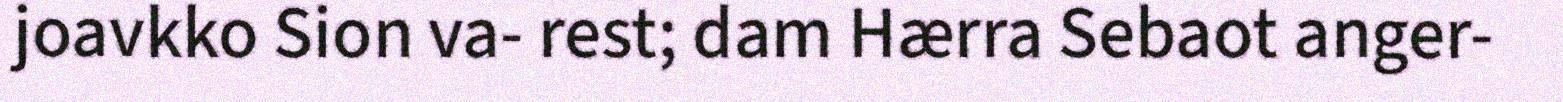
joavkko Sion va- rest; dam Hærra Sebaot anger-